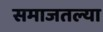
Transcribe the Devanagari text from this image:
समाजतल्या